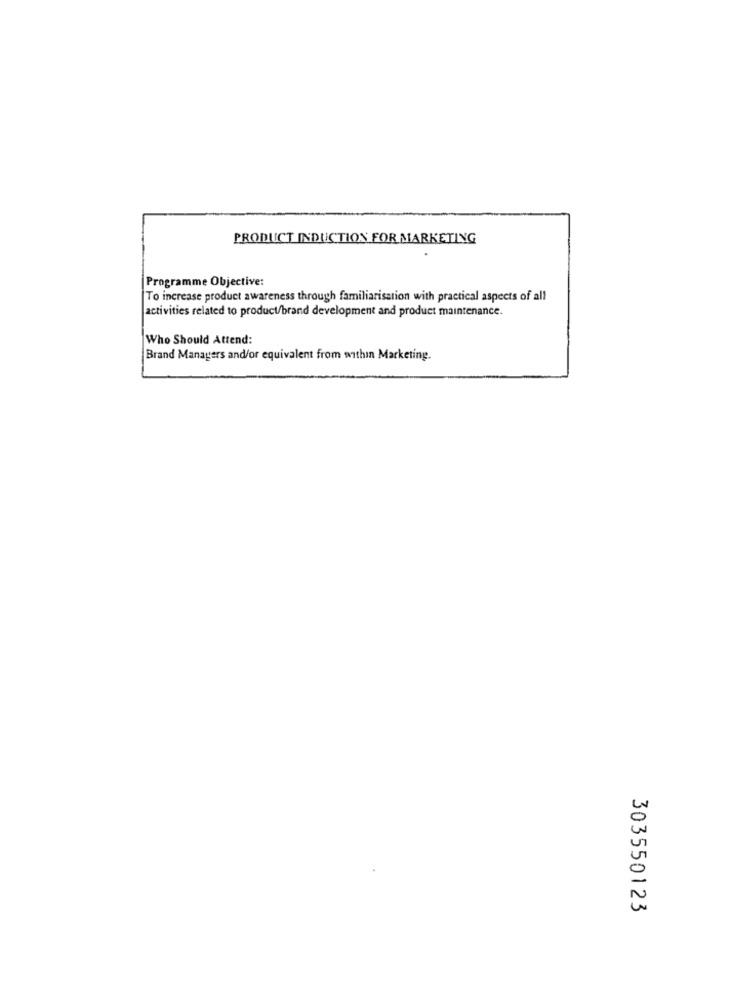
PRODUCT INDUCTION FOR MARKETING
Programme Objective:
To increase product awareness through familiarisation with practical aspects of all
activities related to product/brand development and product maintenance.
Who Should Attend:
Brand Managers and/or equivalent from within Marketing.
303550123